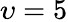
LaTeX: \upsilon=5